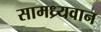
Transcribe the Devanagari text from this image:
सामध्र्यवान